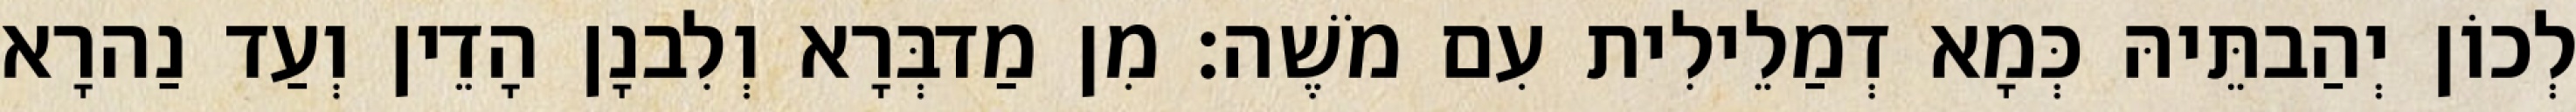
לְכוֹן יְהַבתֵּיהּ כְּמָא דְמַלֵילִית עִם מֹשֶׁה׃ מִן מַדבְּרָא וְלִבנָן הָדֵין וְעַד נַהרָא